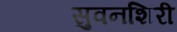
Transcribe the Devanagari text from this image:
सुवनशिरी